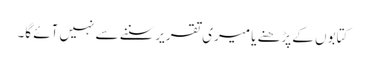
کتابوں کے پڑھنے یا میری تقریرسننے سے نہیں آئے گا۔